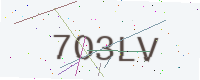
Text: 7O3LV